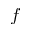
f